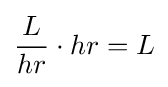
{\frac {L}{hr}}\cdot hr=L